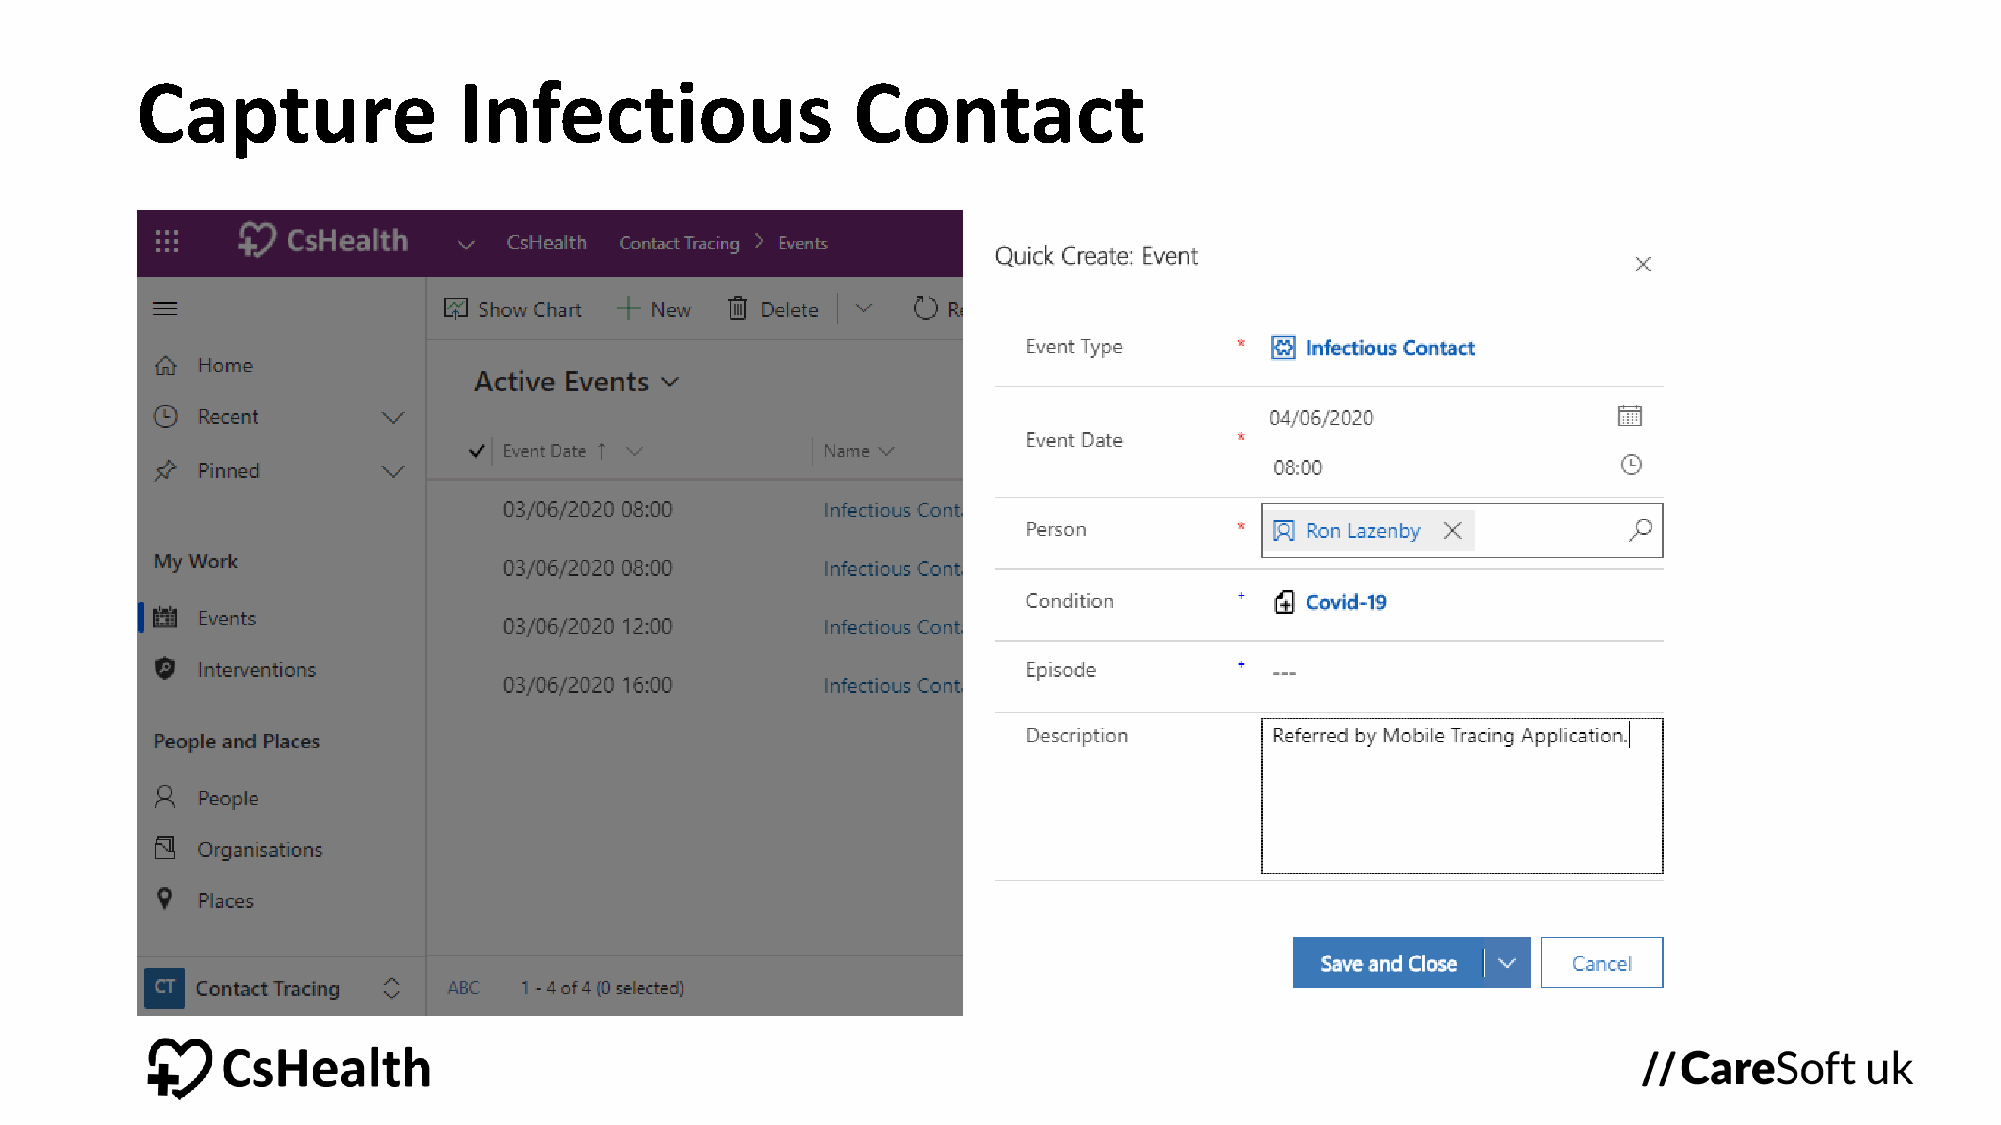
Capture              Infectious                Contact